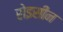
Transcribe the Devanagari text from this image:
रोइसीन